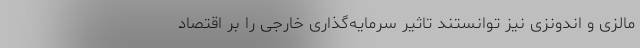
مالزی و اندونزی نیز توانستند تاثیر سرمایه‌گذاری خارجی را بر اقتصاد